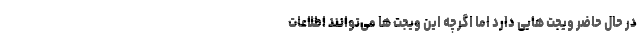
در حال حاضر ویجت هایی دارد اما اگرچه این ویجت ها می‌توانند اطلاعات